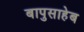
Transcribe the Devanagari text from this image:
बापुसाहेब